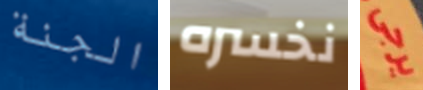
الجنة نخسره يرجى